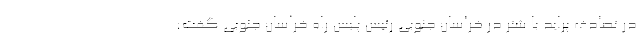
در تصادف پراید با شتر در خراسان جنوبی رئیس پلیس راه خراسان جنوبی گفت: